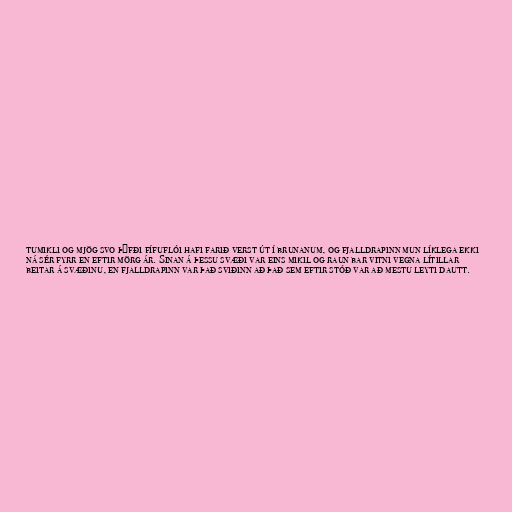
tumikli og mjög svo þýfði fífuflói hafi farið verst út í brunanum, og fjalldrapinn mun líklega ekki
ná sér fyrr en eftir mörg ár. Sinan á þessu svæði var eins mikil og raun bar vitni vegna lítillar
beitar á svæðinu, en fjalldrapinn var það sviðinn að það sem eftir stóð var að mestu leyti dautt.